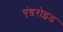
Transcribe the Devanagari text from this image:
एंडरोइड